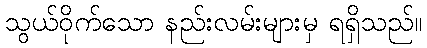
သွယ်ဝိုက်သော နည်းလမ်းများမှ ရရှိသည်။